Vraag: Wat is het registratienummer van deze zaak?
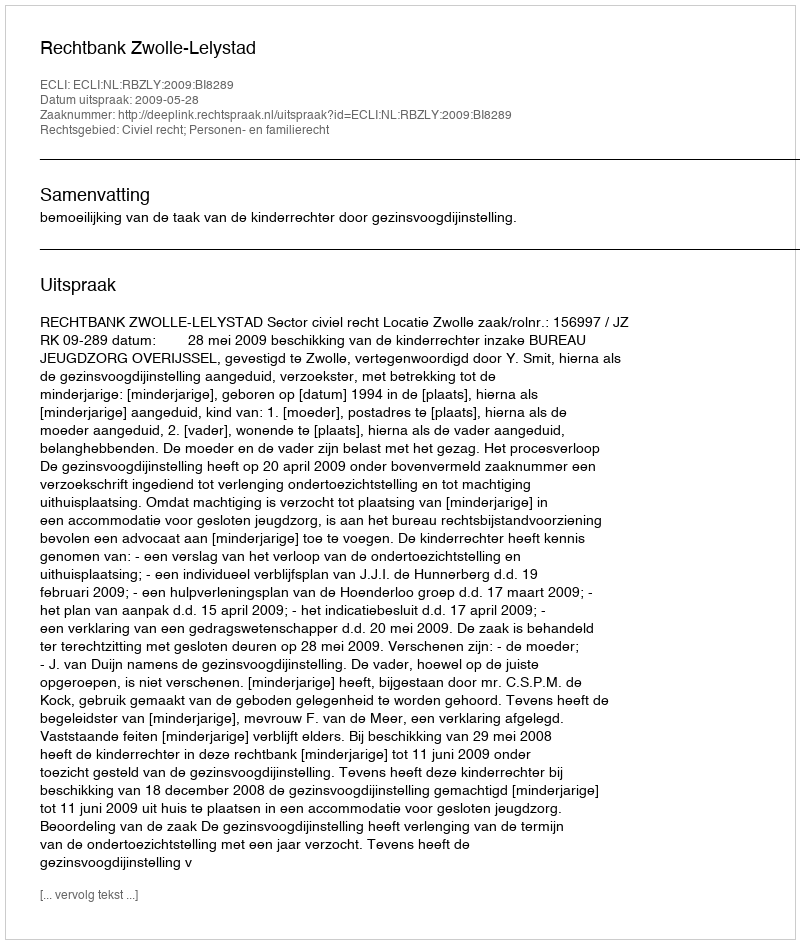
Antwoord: http://deeplink.rechtspraak.nl/uitspraak?id=ECLI:NL:RBZLY:2009:BI8289